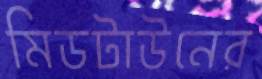
মিডটাউনের